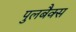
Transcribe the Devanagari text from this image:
पुलबैक्स